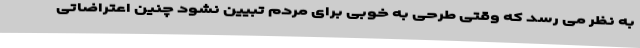
به نظر می رسد که وقتی طرحی به خوبی برای مردم تبیین نشود چنین اعتراضاتی